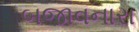
બજાવનારા